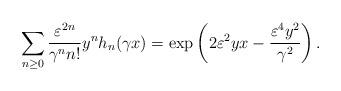
LaTeX: \begin{align*} \sum_{n \geq 0} \frac{\varepsilon^{2n}}{\gamma^n n!}y^nh_n(\gamma x) = \exp\left(2\varepsilon^2y x - \frac{\varepsilon^4 y^2}{\gamma^2}\right).\end{align*}